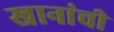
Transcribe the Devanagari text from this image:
खानांची